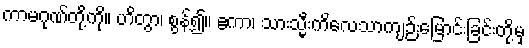
ကာမဂုဏ်တို့ကို။ ဟိတွာ၊ စွန့်၍။ ဧကာ၊ သားသ္မီးကိလေသာကျဉ်းမြောင်းခြင်းတို့မှ